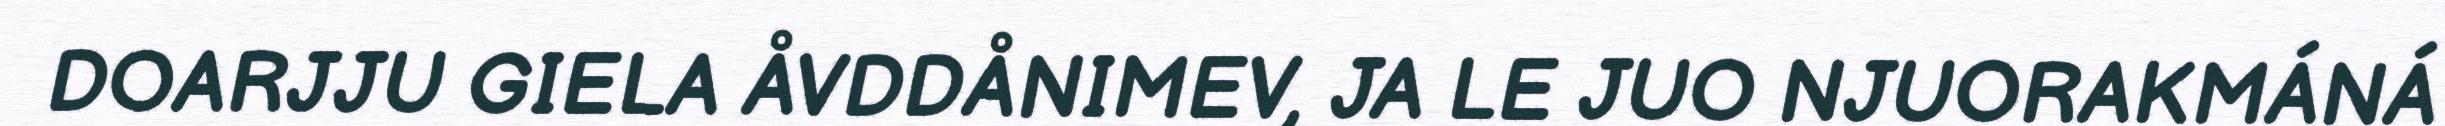
DOARJJU GIELA ÅVDDÅNIMEV, JA LE JUO NJUORAKMÁNÁ